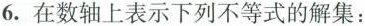
6.在数轴上表示下列不等式的解集：